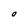
Character: 0